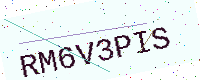
Text: RM6V3PIS